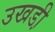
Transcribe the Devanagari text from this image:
उखडी़